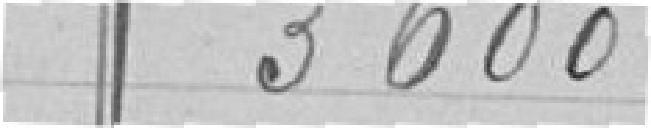
3600